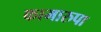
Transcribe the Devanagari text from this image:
कामारुपा